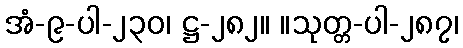
အံ-၉-ပါ-၂၃၀၊ ဋ္ဌ-၂၈၂။ ။သုတ္တ-ပါ-၂၈၇၊